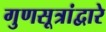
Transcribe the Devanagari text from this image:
गुणसूत्रांद्वारे